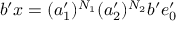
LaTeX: b ^ { \prime } x = ( a _ { 1 } ^ { \prime } ) ^ { N _ { 1 } } ( a _ { 2 } ^ { \prime } ) ^ { N _ { 2 } } b ^ { \prime } e _ { 0 } ^ { \prime }